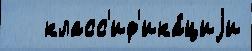
   класс'иф'ика́циjи